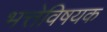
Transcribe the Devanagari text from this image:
भत्तेविषयक